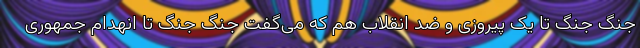
جنگ جنگ تا یک پیروزی و ضد انقلاب هم که می‌گفت جنگ جنگ تا انهدام جمهوری